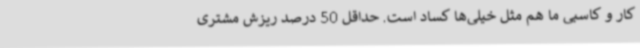
کار و کاسبی ما هم مثل خیلی‌ها کساد است. حداقل 50 درصد ریزش مشتری